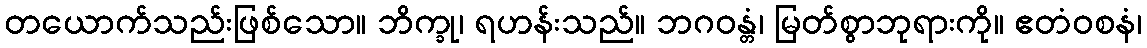
တယောက်သည်းဖြစ်သော။ ဘိက္ခု၊ ရဟန်းသည်။ ဘဂဝန္တံ၊ မြတ်စွာဘုရားကို။ ဧတံဝစနံ၊